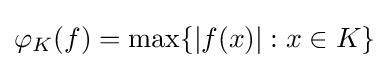
\varphi _{K}(f)=\max\{|f(x)|:x\in K\}